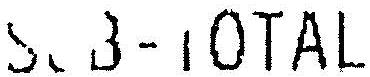
SUB-TOTAL